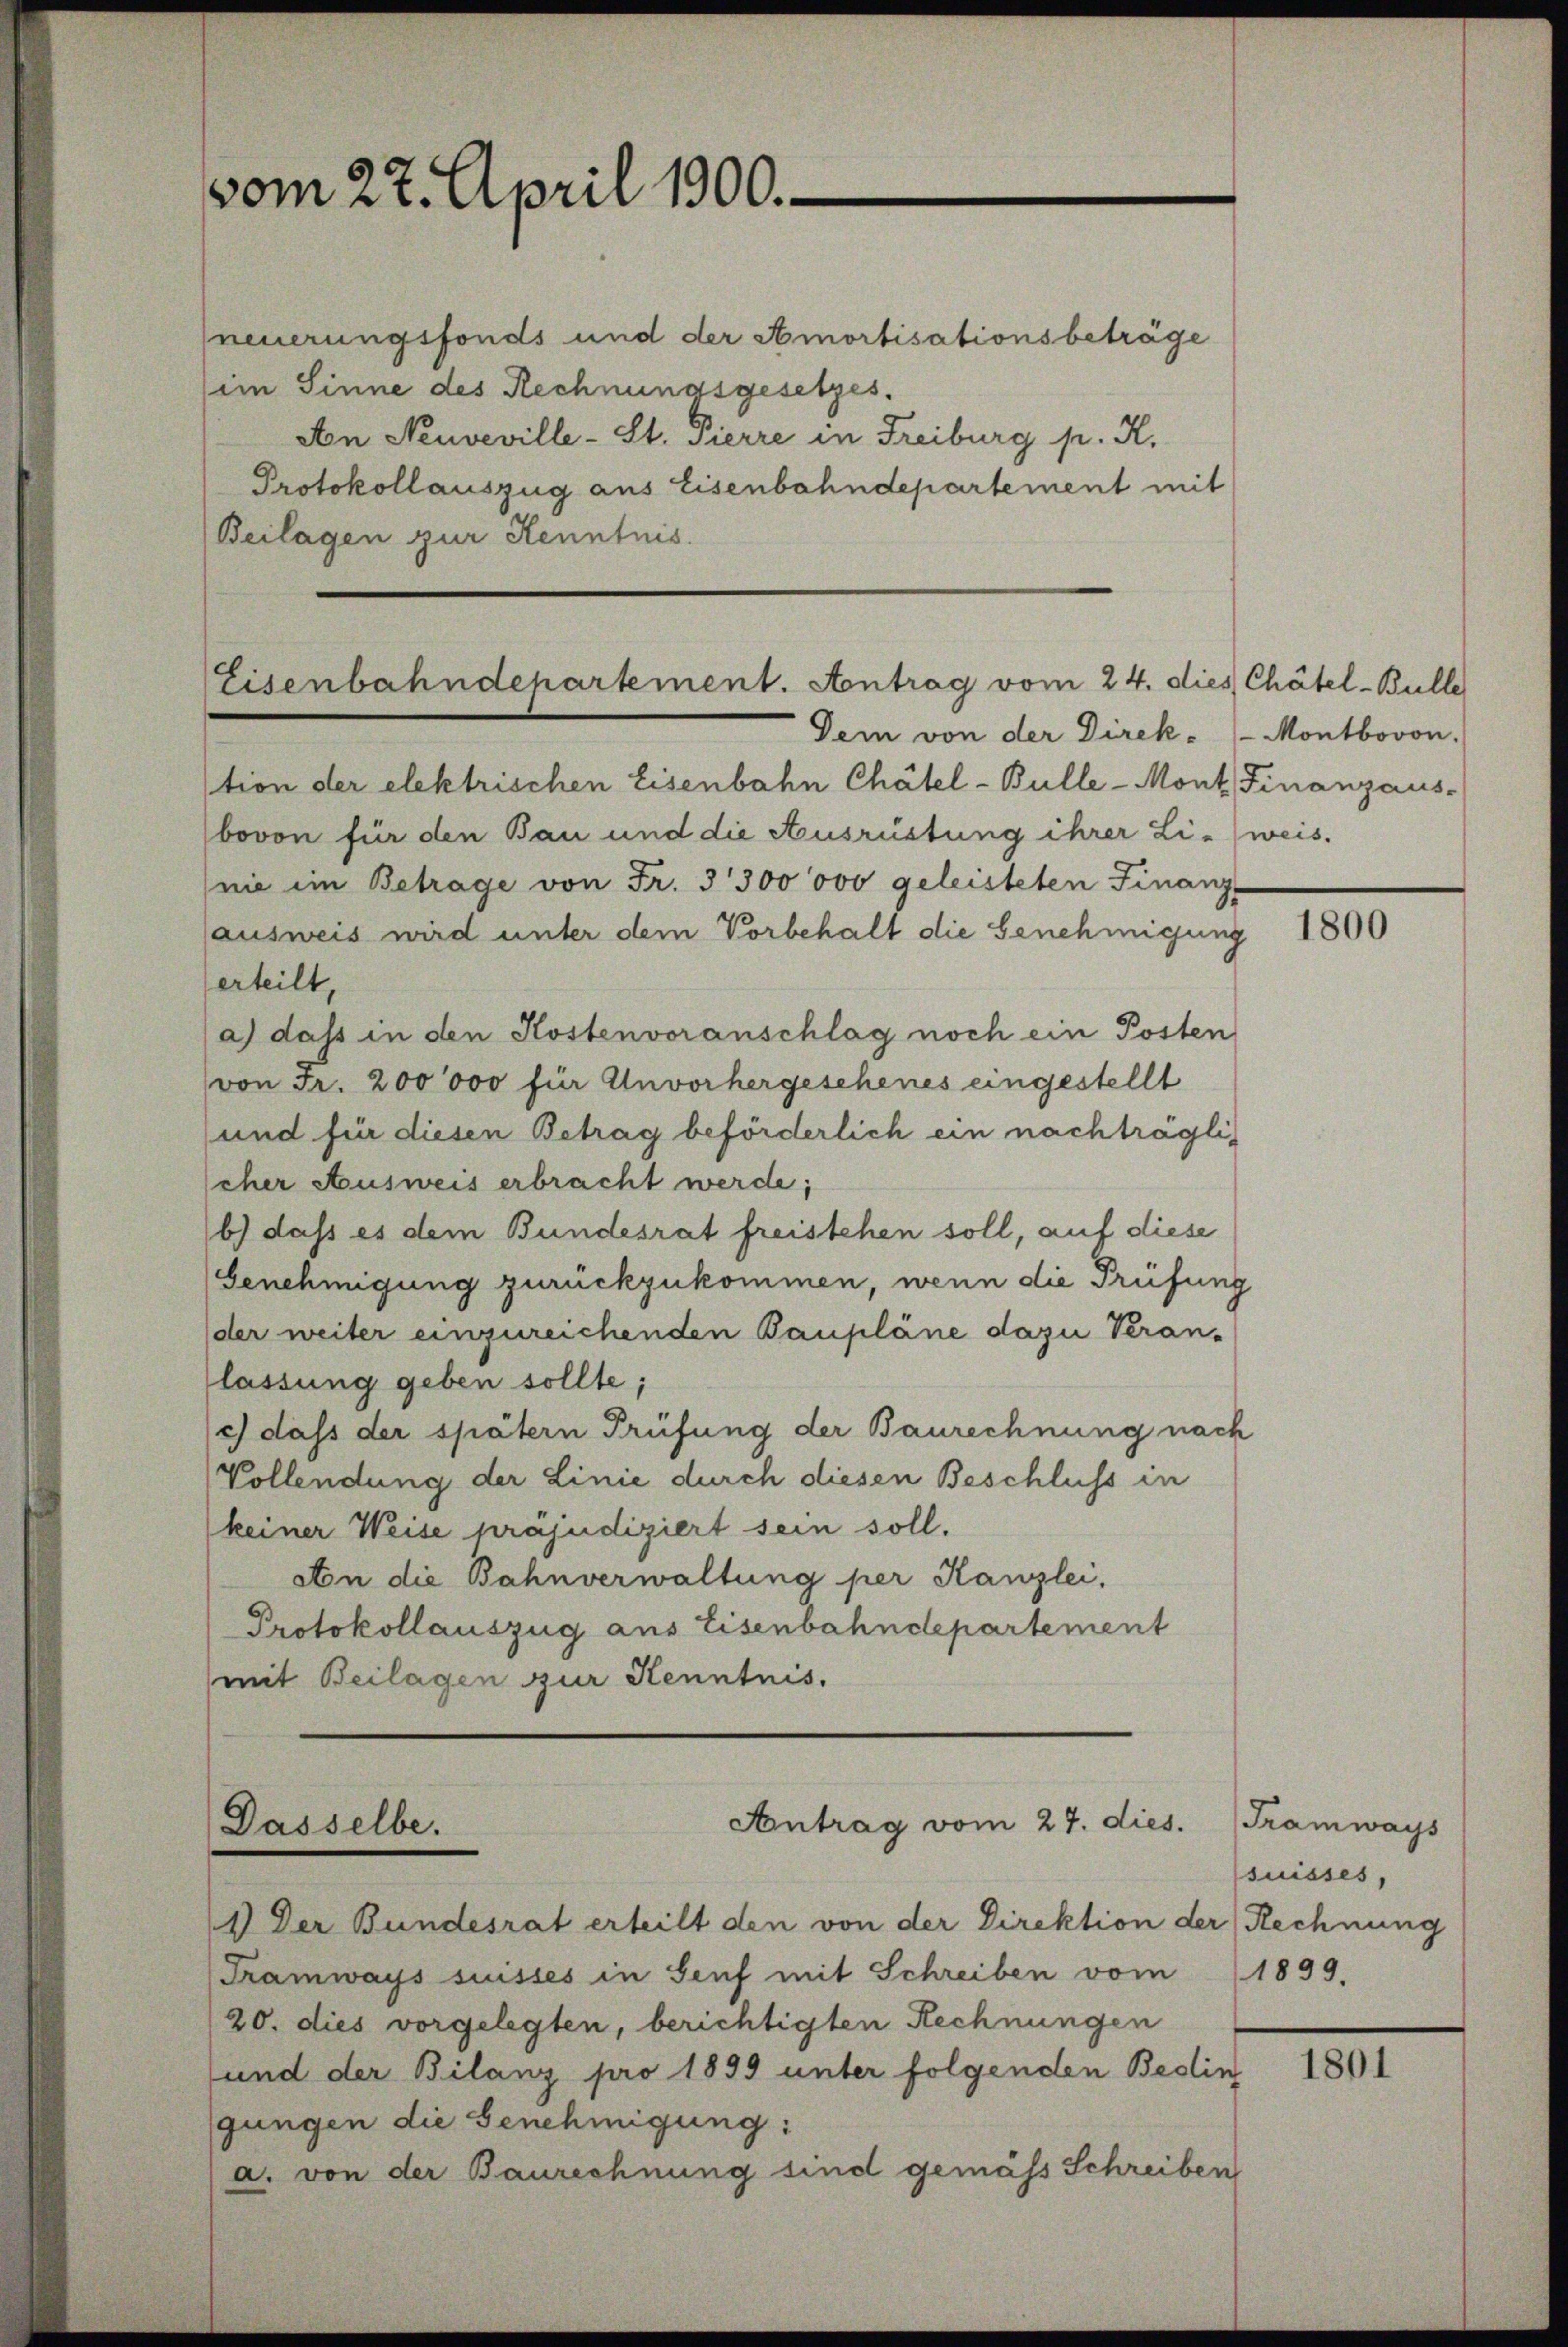
vom 27. April 1900.

neuerungsfonds und der Amortisationsbeträge
im Sinne des Rechnungsgesetzes.
Aon Neuveville - St. Pierre in Freiburg pr. K.
Protokollauszug aus Eisenbahndepartement mit
Beilagen zur Kenntnis.

Eisenbahndepartement. Antrag vom 24. dies Chätel-Bulle

Antrag vom 27. dies. (Tramways
Dasselbe.

Dem von der Direk- (Montbovon

tion der elektrischen Eisenbahn Chätel-Bulle - Mont. Finanzaus-
bovon für den Bau und die Ausrüstung ihrer Li-weis-
nie im Betrage von Fr. 3300'000 geleisteten Finanz-
ausweis wird unter dem Vorbehalt die Genehmigung
erteilt,
a) das in den Kostenvoranschlag noch ein Posten
von Fr. 200000 für Unvorhergesehenes eingestellt
und für diesen Betrag beförderlich ein nachträglischer Ausweis erbracht werde;
b) dass es dem Bundesrat freistehen soll, auf diese
Genehmigung zurückzukommen, wenn die Prüfung
der weiter einzureichenden Baupläne dazu Veranlassung geben sollte;
c) dass der spätern Prüfung der Baurechnung nach
Vollendung der Linie durch diesen Beschluss in
keiner Weise präjudiziert sein soll.
Aton die Bahnverwaltung per Kanzlei,
Protokollauszug aus Eisenbahndepartement
mit Beilagen zur Kenntnis.

1) Der Bundesrat erteilt den von der Direktion der Rechnung
Tramways suisses in Senf mit Schreiben vom 1899.
20. dies vorgelegten, berichtigten Rechnungen
und der Bilanz pro 1899 unter folgenden Bedin
gungen die Genehmigung:
a. von der Baurechnung sind gemäss Schreiben

1800

suisses,

1801